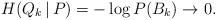
LaTeX: \begin{align*}H(Q_k\,|\,P) = -\log P(B_k) \to 0.\end{align*}